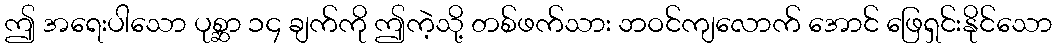
ဤ အရေးပါသော ပုစ္ဆာ ၁၄ ချက်ကို ဤကဲ့သို့ တစ်ဖက်သား ဘဝင်ကျလောက် အောင် ဖြေရှင်းနိုင်သော